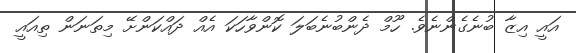
އައީ އިޒާ ބުނެގެންނެވެ. ހޫމް ދެންބުނެބަލަ ކޮންވާހަކަ އެއް ދައްކަންށޭ މިތަނަން ތިއައީ